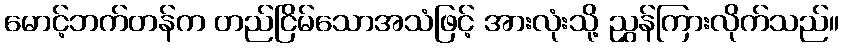
မောင့်ဘက်တန်က တည်ငြိမ်သောအသံဖြင့် အားလုံးသို့ ညွှန်ကြားလိုက်သည်။